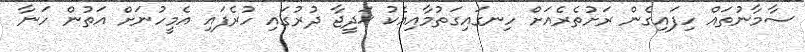
ސާމާނުތައް ހިފައިގެން ރަށުތެރެއަށް ހިނގައިގަތުމާއިއެކު ޚަދީޖާ ދުރުގައި ހުރެފައި އެމީހުނަށް އަތުން ހަނާ